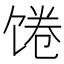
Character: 𩠉